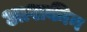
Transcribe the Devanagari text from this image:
आशकीन